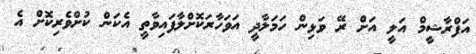
އަފްރާޝީމް އަލީ އަށް ރޭ ވަޅިން ހަމަލާދީ އަވަހާރަކޮށްލާފައިވާތީ އެކަން ކުށްވެރިކޮށް އެ